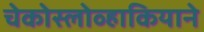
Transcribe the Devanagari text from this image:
चेकोस्लोव्हाकियाने